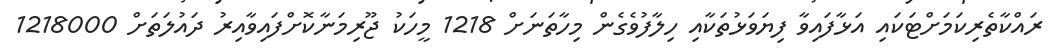
ރައްކާތެރިކަމަށްޓަކައި އަޅާފައިވާ ފިޔަވަޅުތަކާއި ހިލާފުވެގެން މިހާތަނަށް 1218 މީހަކު ޖޫރިމަނާކޮށްފައިވާއިރު ދައުލަތަށް 1218000